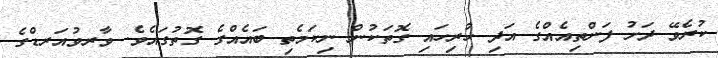
ކުރެވޭ ދަށު ފަންތިއެއްގެ އަދި ހުރިހައި ގޮތަކުން ނިކަމެތި ބައެއްގެ ގޮތުގައެވެ. ވާރވުއަރޑްގެ